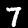
Digit: 7